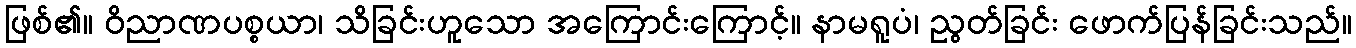
ဖြစ်၏။ ဝိညာဏပစ္စယာ၊ သိခြင်းဟူသော အကြောင်းကြောင့်။ နာမရူပံ၊ ညွတ်ခြင်း ဖောက်ပြန်ခြင်းသည်။